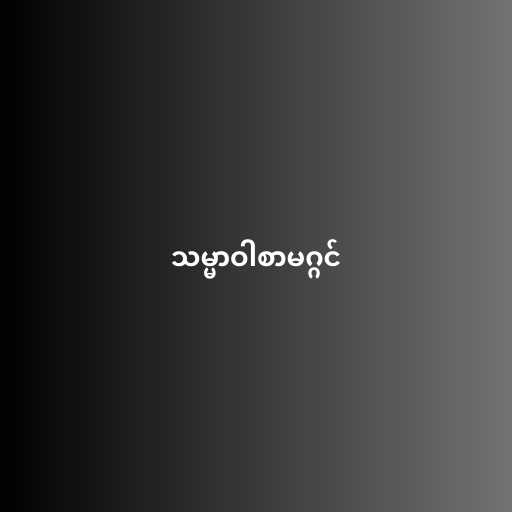
သမ္မာဝါစာမဂ္ဂင်